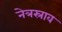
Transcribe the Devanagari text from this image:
नेत्रस्राव